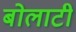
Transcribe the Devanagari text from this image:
बोलाटी